Report on the lunatic asylums under the Government of Bombay - 1904-1913
Year: 1904
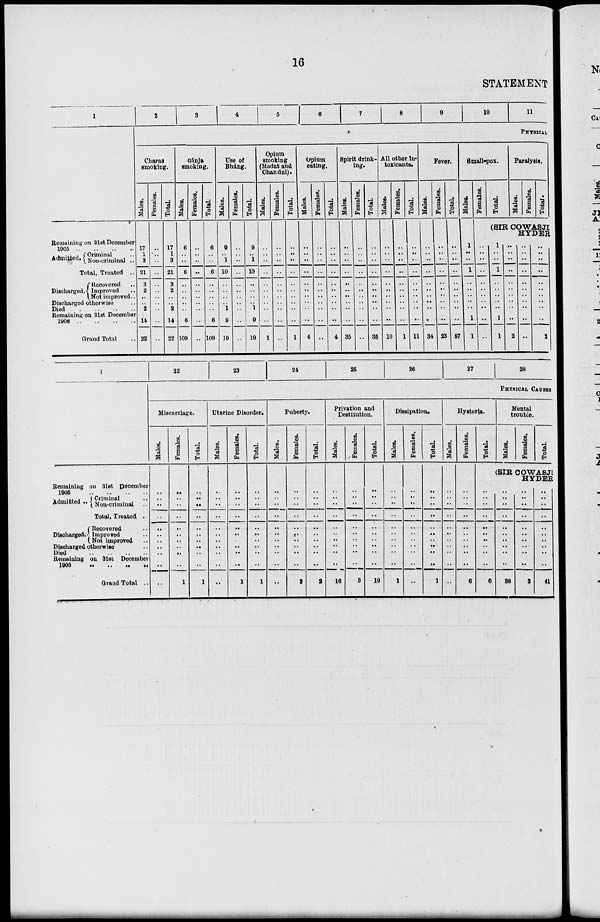
16
STATEMENT
1
Remaining on 31st December
1905
..
..
..
..
Admitted. Criminal ..
Non-criminal ..
Total, Treated ..
Discharged.
Recovered ..
Improved ..
Not improved ..
Discharged otherwise ..
Died
..
..
..
..
Remaining on 31st December
1906 .. .. .. ..
Grand Total ..
2
3
4
5
6
7
8
9
10
11
PHYSICAL
Charas
smoking.
Males.
17
1
3
21
3
2
..
..
2
14
22
Females.
..
..
..
..
..
..
..
..
..
..
..
Total.
17
1
3
21
3
2
..
..
2
14
22
Gánja
smoking.
Males.
6
..
..
6
..
..
..
..
..
6
109
Females.
..
..
..
..
..
..
..
..
..
..
..
Total.
6
..
..
6
..
..
..
..
..
6
109
Use of
Bháng.
Males.
9
..
1
10
..
..
..
..
1
9
19
Females.
..
..
..
..
..
..
..
..
..
..
..
Total.
9
..
1
10
..
..
..
..
1
9
19
Opium
smoking
(Madat and
Chandul).
Males.
..
..
..
..
..
..
..
..
..
..
1
Females.
..
..
..
..
..
..
..
..
..
..
..
Total.
..
..
..
..
..
..
..
..
..
..
1
Opium
eating.
Males.
..
..
..
..
..
..
..
..
..
..
4
Females.
..
..
..
..
..
..
..
..
..
..
..
Total.
..
..
..
..
..
..
..
..
..
..
4
Spirit drink-
ing.
Males.
..
..
..
..
..
..
..
..
..
..
35
Females.
..
..
..
..
..
..
..
..
..
..
..
Total
..
..
..
..
..
..
..
..
..
..
35
All other In¬
toxicants.
Males.
..
..
..
..
..
..
..
..
..
..
10
Females.
..
..
..
..
..
..
..
..
..
..
1
Total.
..
..
..
..
..
..
..
..
..
..
11
Fever.
Males.
..
..
..
..
..
..
..
..
..
..
34
Females.
..
..
..
..
..
..
..
..
..
..
23
Total.
..
..
..
..
..
..
..
..
..
..
57
Small-pox.
Males.
1
..
..
1
..
..
..
..
..
1
1
Females.
Total.
Paralysis.
Males.
Females.
Total.
(SIR COWASJI
HYDER
..
..
..
..
..
..
..
..
..
..
..
1
..
..
1
..
..
..
..
..
1
1
..
..
..
..
..
..
..
..
..
..
2
..
..
..
..
..
..
..
..
..
..
..
..
..
..
..
..
..
..
..
..
..
2
1
Remaining on 31st December
1905
..
..
..
..
Admitted .. Criminal ..
Non-criminal ..
Total, Treated ..
Discharged.
Recovered ..
Improved ..
Not improved ..
Discharged otherwise ..
Died .. .. .. ..
Remaining on 3lst December
1906 .. .. .. ..
Grand Total ..
22
23
24
25
26
27
28
PHYSICAL CAUSES
Miscarriage.
Males.
..
..
..
..
..
..
..
..
..
..
..
Females.
..
..
..
..
..
..
..
..
..
..
1
Total.
..
..
..
..
..
..
..
..
..
..
1
Uterine Disorder.
Males.
..
..
..
..
..
..
..
..
..
..
..
Females.
..
..
..
..
..
..
..
..
..
..
1
Total.
..
..
..
..
..
..
..
..
..
..
1
Puberty.
Males.
..
..
..
..
..
..
..
..
..
..
..
Females.
..
..
..
..
..
..
..
..
..
..
2
Total.
..
..
..
..
..
..
..
..
..
..
2
Privation and
Destitution.
Males.
..
..
..
..
..
..
..
..
..
..
16
Females.
..
..
..
..
..
..
..
..
..
..
3
Total.
..
..
..
..
..
..
..
..
..
..
19
Dissipation.
Males.
..
..
..
..
..
..
..
..
..
..
1
Females.
..
..
..
..
..
..
..
..
..
..
..
Total.
..
..
..
..
..
..
..
..
..
..
1
Males.
..
..
..
..
..
..
..
..
..
..
..
Hysteria.
Females.
..
..
..
..
..
..
..
..
..
..
6
Total.
Mental
trouble.
Males.
Females.
Total.
(SIRCOWASJI
HYDER
..
..
..
..
..
..
..
..
..
..
6
..
..
..
..
..
..
..
..
..
..
38
..
..
..
..
..
..
..
..
..
..
3
..
..
..
..
..
..
..
..
..
..
41